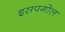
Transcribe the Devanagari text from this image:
इसपगोल